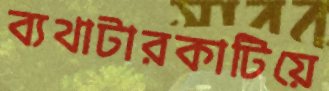
ব্যথাটারকাটিয়ে